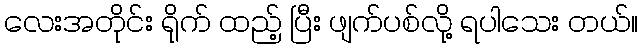
လေးအတိုင်း ရိုက် ထည့် ပြီး ဖျက်ပစ်လို့ ရပါသေး တယ်။